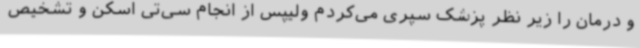
و درمان را زیر نظر پزشک سپری می‌کردم ولیپس از انجام سی‌تی اسکن و تشخیص